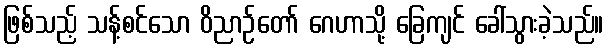
ဖြစ်သည့် သန့်စင်သော ဝိညာဉ်တော် ဂေဟာသို့ ခြေကျင် ခေါ်သွားခဲ့သည်။